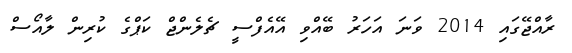
ރާއްޖޭގައި 2014 ވަނަ އަހަރު ބޭއްވި އޭއެފްސީ ޗެލެންޖް ކަޕްގެ ކުރިން ލާއޯސް